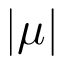
| \mu |